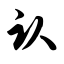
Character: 认